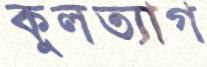
কুলত্যাগ